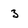
Character: 3